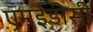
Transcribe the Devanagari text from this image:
एमईडीसी